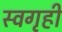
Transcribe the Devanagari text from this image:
स्वगृहीं